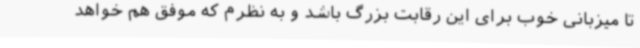
تا میزبانی خوب برای این رقابت بزرگ باشد و به نظرم که موفق هم خواهد